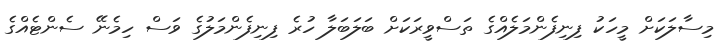
މިސާލަކަށް މީހަކު ފިނިފެންމަލެއްގެ ތަސްވީރަކަށް ބަލަބަލާ ހުރެ ފިނިފެންމަލުގެ ވަސް ހިމެނޭ ސެންޓެއްގެ